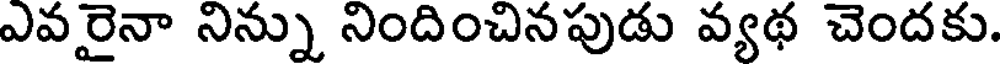
ఎవరైనా నిన్ను నిందించినపుడు వ్యథ చెందకు.